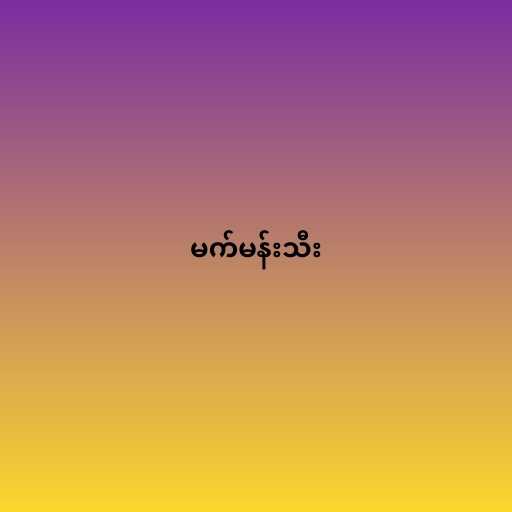
မက်မန်းသီး